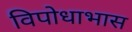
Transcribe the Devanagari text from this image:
विपोधाभास